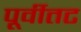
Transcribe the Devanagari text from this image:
पूर्वीतट